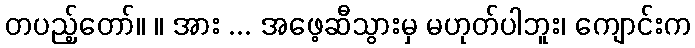
တပည့်တော်။ ။ အား ... အဖေ့ဆီသွားမှ မဟုတ်ပါဘူး၊ ကျောင်းက